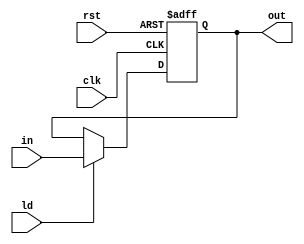
module reg_32bit(clk, rst, ld, in, out);
    input clk, ld, rst;
    input [31:0] in;
    output reg[31:0] out;
    always@ (posedge clk or posedge rst)
        begin
            if(rst)
	     	out = 0;
            else if(ld)
                out = in;
            else
                out = out;
        end
endmodule